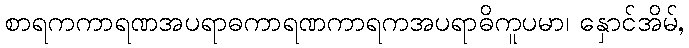
စာရကကာရဏအပရာဓကာရဏကာရကအပရာဓိကူပမာ၊ နှောင်အိမ်,